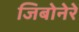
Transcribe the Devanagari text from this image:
जिबोनेरे